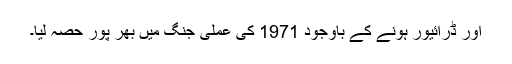
اور ڈرائیور ہونے کے باوجود 1971 کی عملی جنگ میں بھر پور حصہ لیا۔